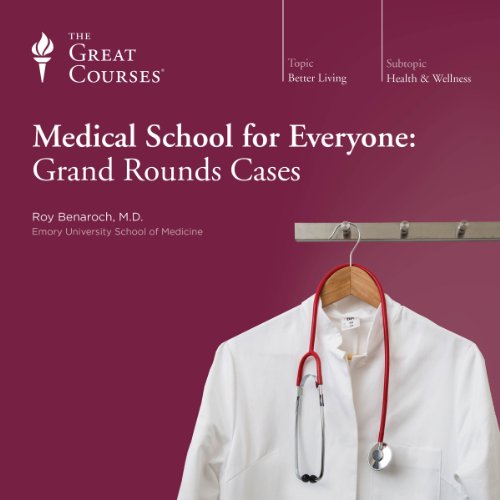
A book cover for Medical School for Everyone: Grand Rounds Cases;  The Great Courses; Education & Teaching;